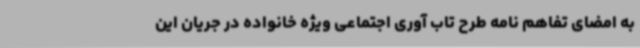
به امضای تفاهم نامه طرح تاب آوری اجتماعی ویژه خانواده در جریان این